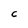
Character: C